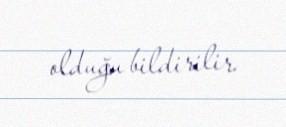
olduğu bildirilir.